Voisiku_vallavalitsus, lk 120
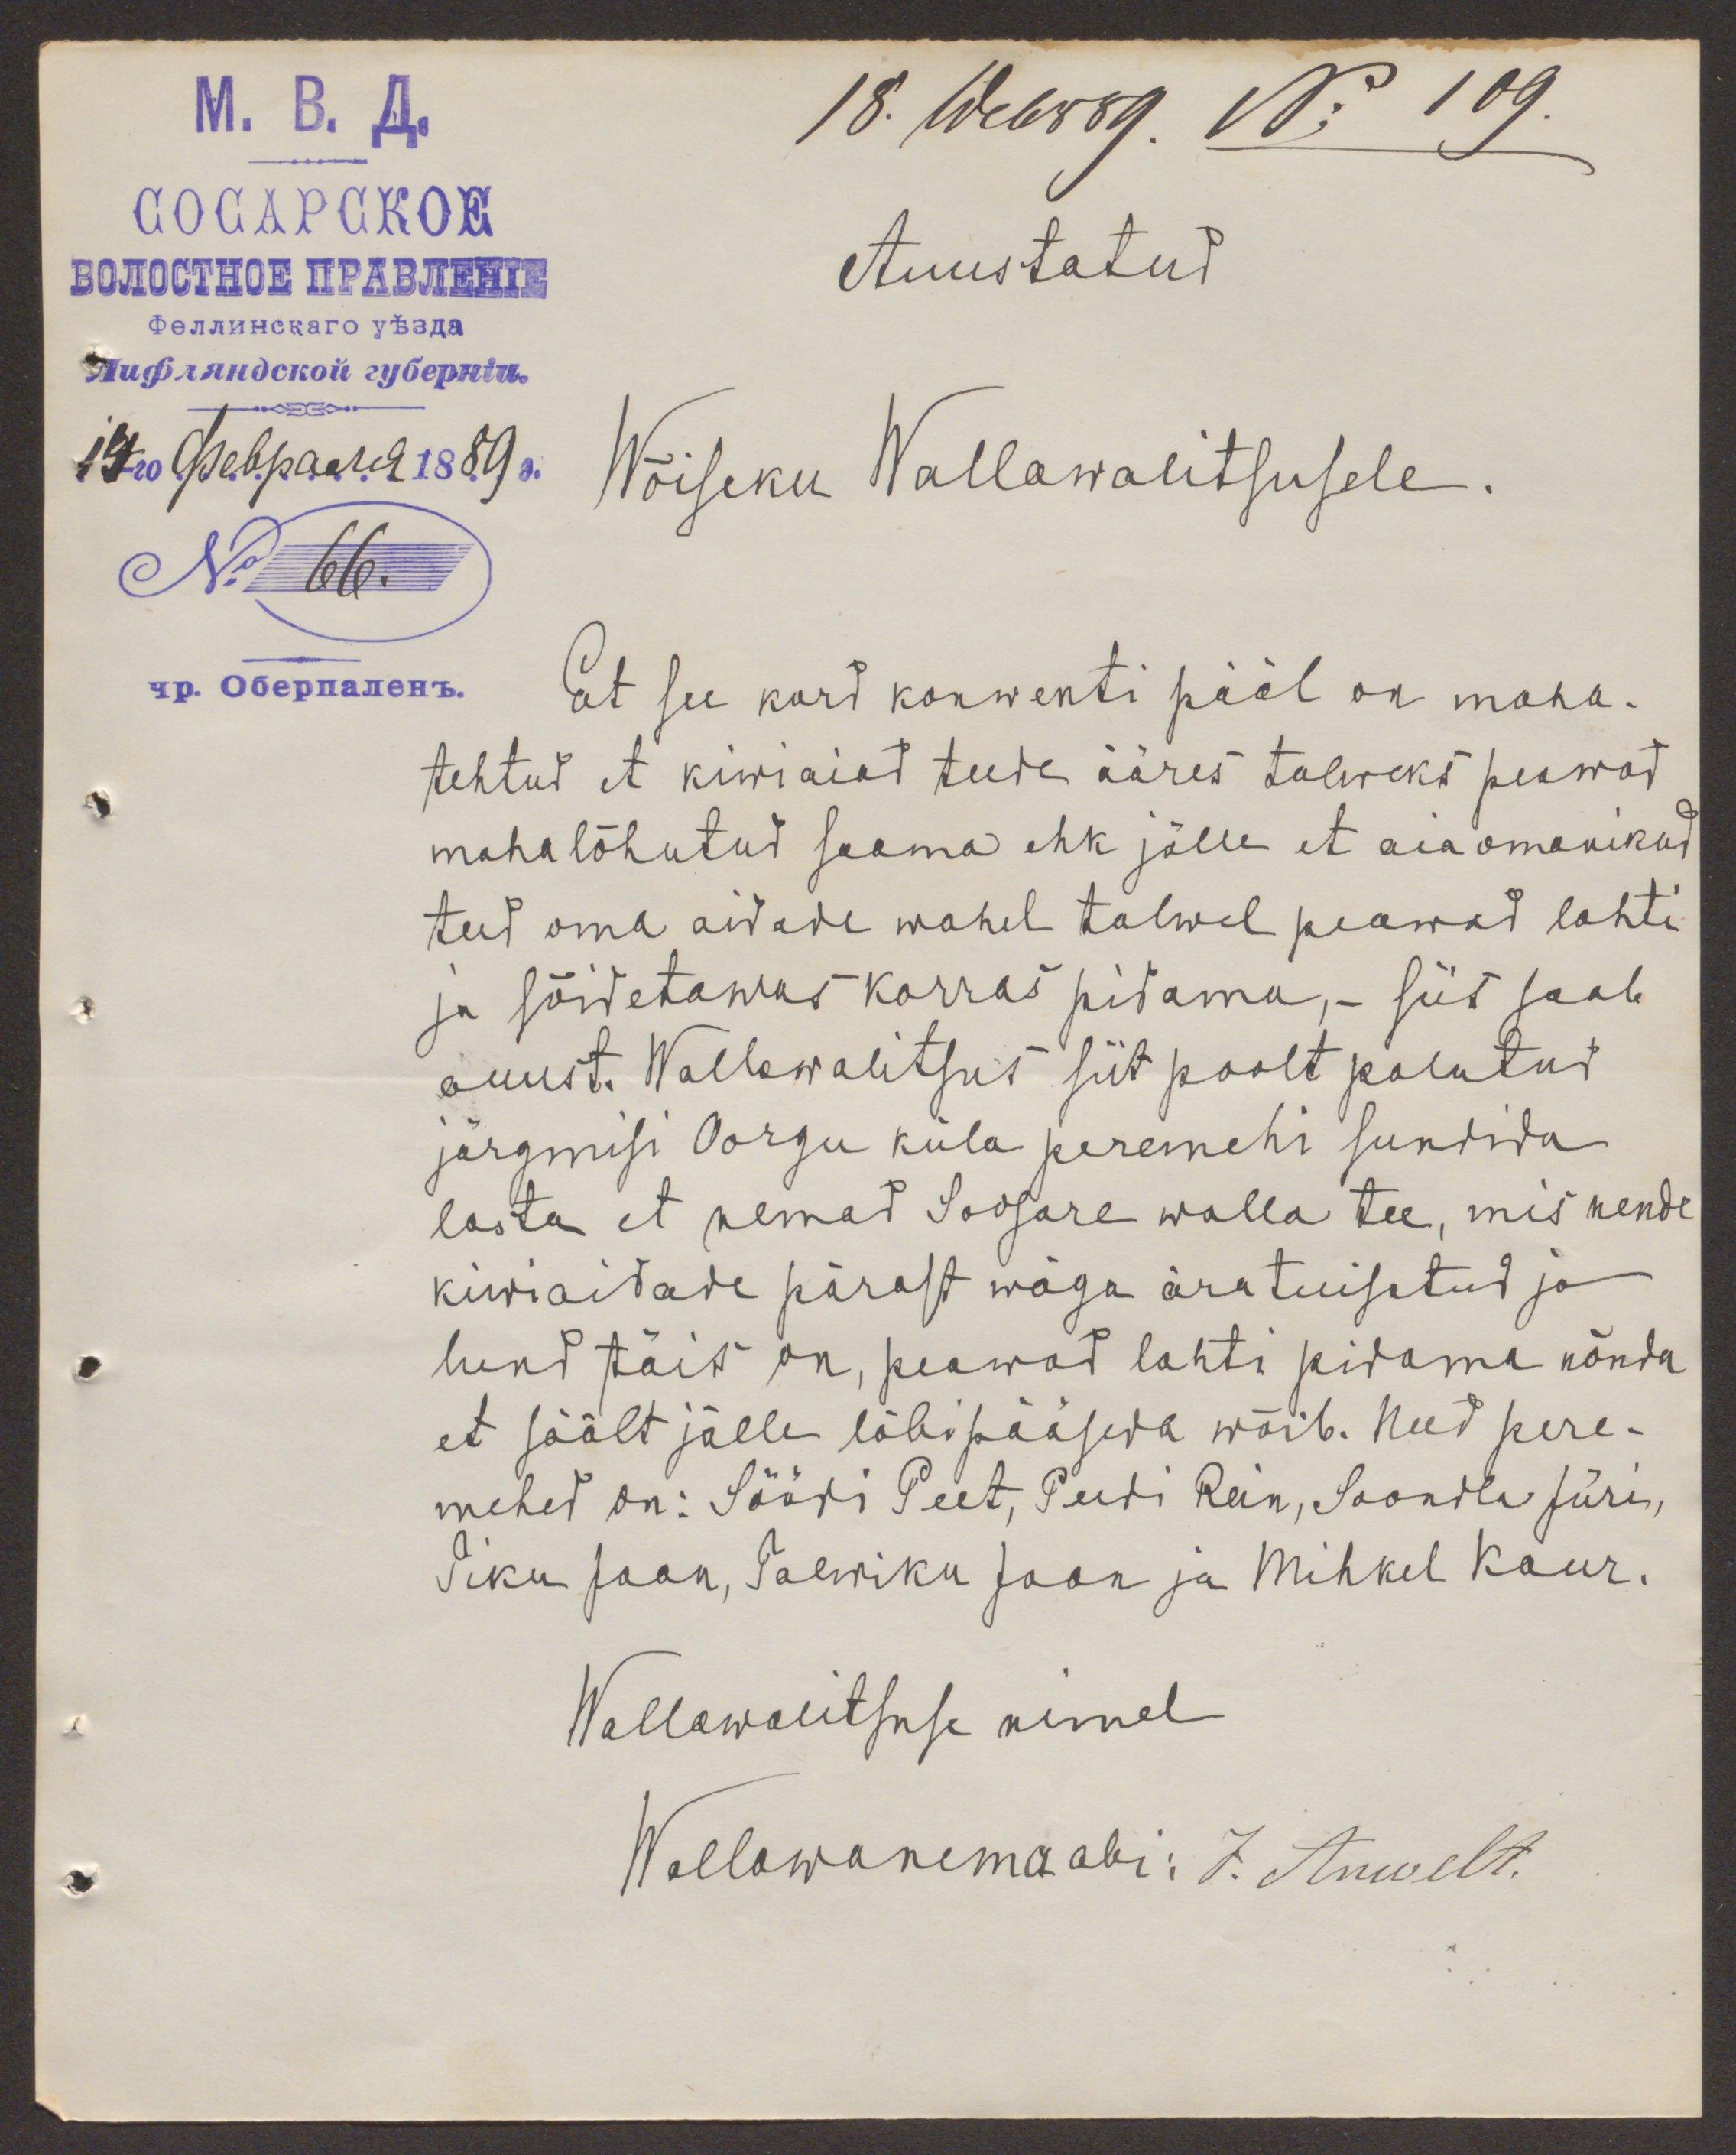
18. Webr 89. No 109.
Auustatud
Wõiseku Wallawalitsusele.
No 66.
Et see kord konwenti pääl on maha-
tehtud et kiwiaiat teede ääres talweks peawad
maha lõhutud saama ehk jälle et aia omanikud
teed oma aidade wahel talwel peawad lahti
ja sõidetawas korras pidama, - siis saab
auust. Wallawalitsus siit poolt palutud
järgmisi Oorgu küla peremehi sundida
lasta et nemad Soosare walla tee, mis nende
kiwiaidade pärast wäga äratuisatud ja
lund täis on, peawad lahti pidama nõnda
et säält jälle läbipääseda wõib. Need pere-
mehed on: Söödi Peet, Peedi Rein, Soondla Jüri,
Tiku Jaan, Talwiku Jaan ja Mihkel Kaur.
Wallawalitsuse nimel
Wallawanema abi: J. Anwelt.